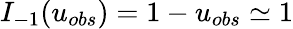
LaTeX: I_{-1}(u_{obs})=1-u_{obs}\simeq 1